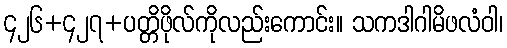
၄၂၆+၄၂၇+ပတ္တိဖိုလ်ကိုလည်းကောင်း။ သကဒါဂါမိဖလံဝါ၊